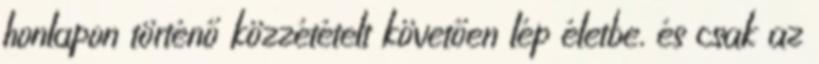
honlapon történő közzétételt követően lép életbe, és csak az